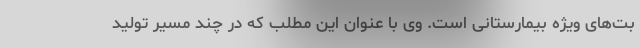
بت‌های ویژه بیمارستانی است. وی با عنوان این مطلب که در چند مسیر تولید